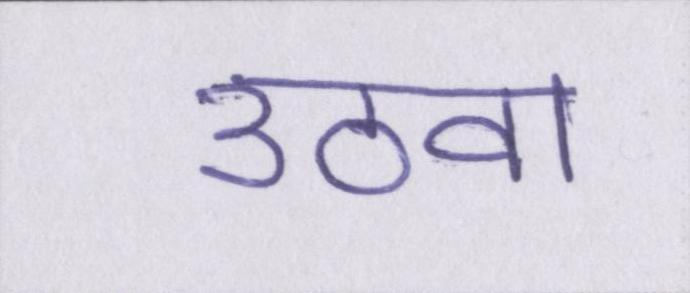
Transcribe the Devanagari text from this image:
उठवा